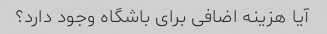
آیا هزینه اضافی برای باشگاه وجود دارد؟